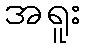
အရူး